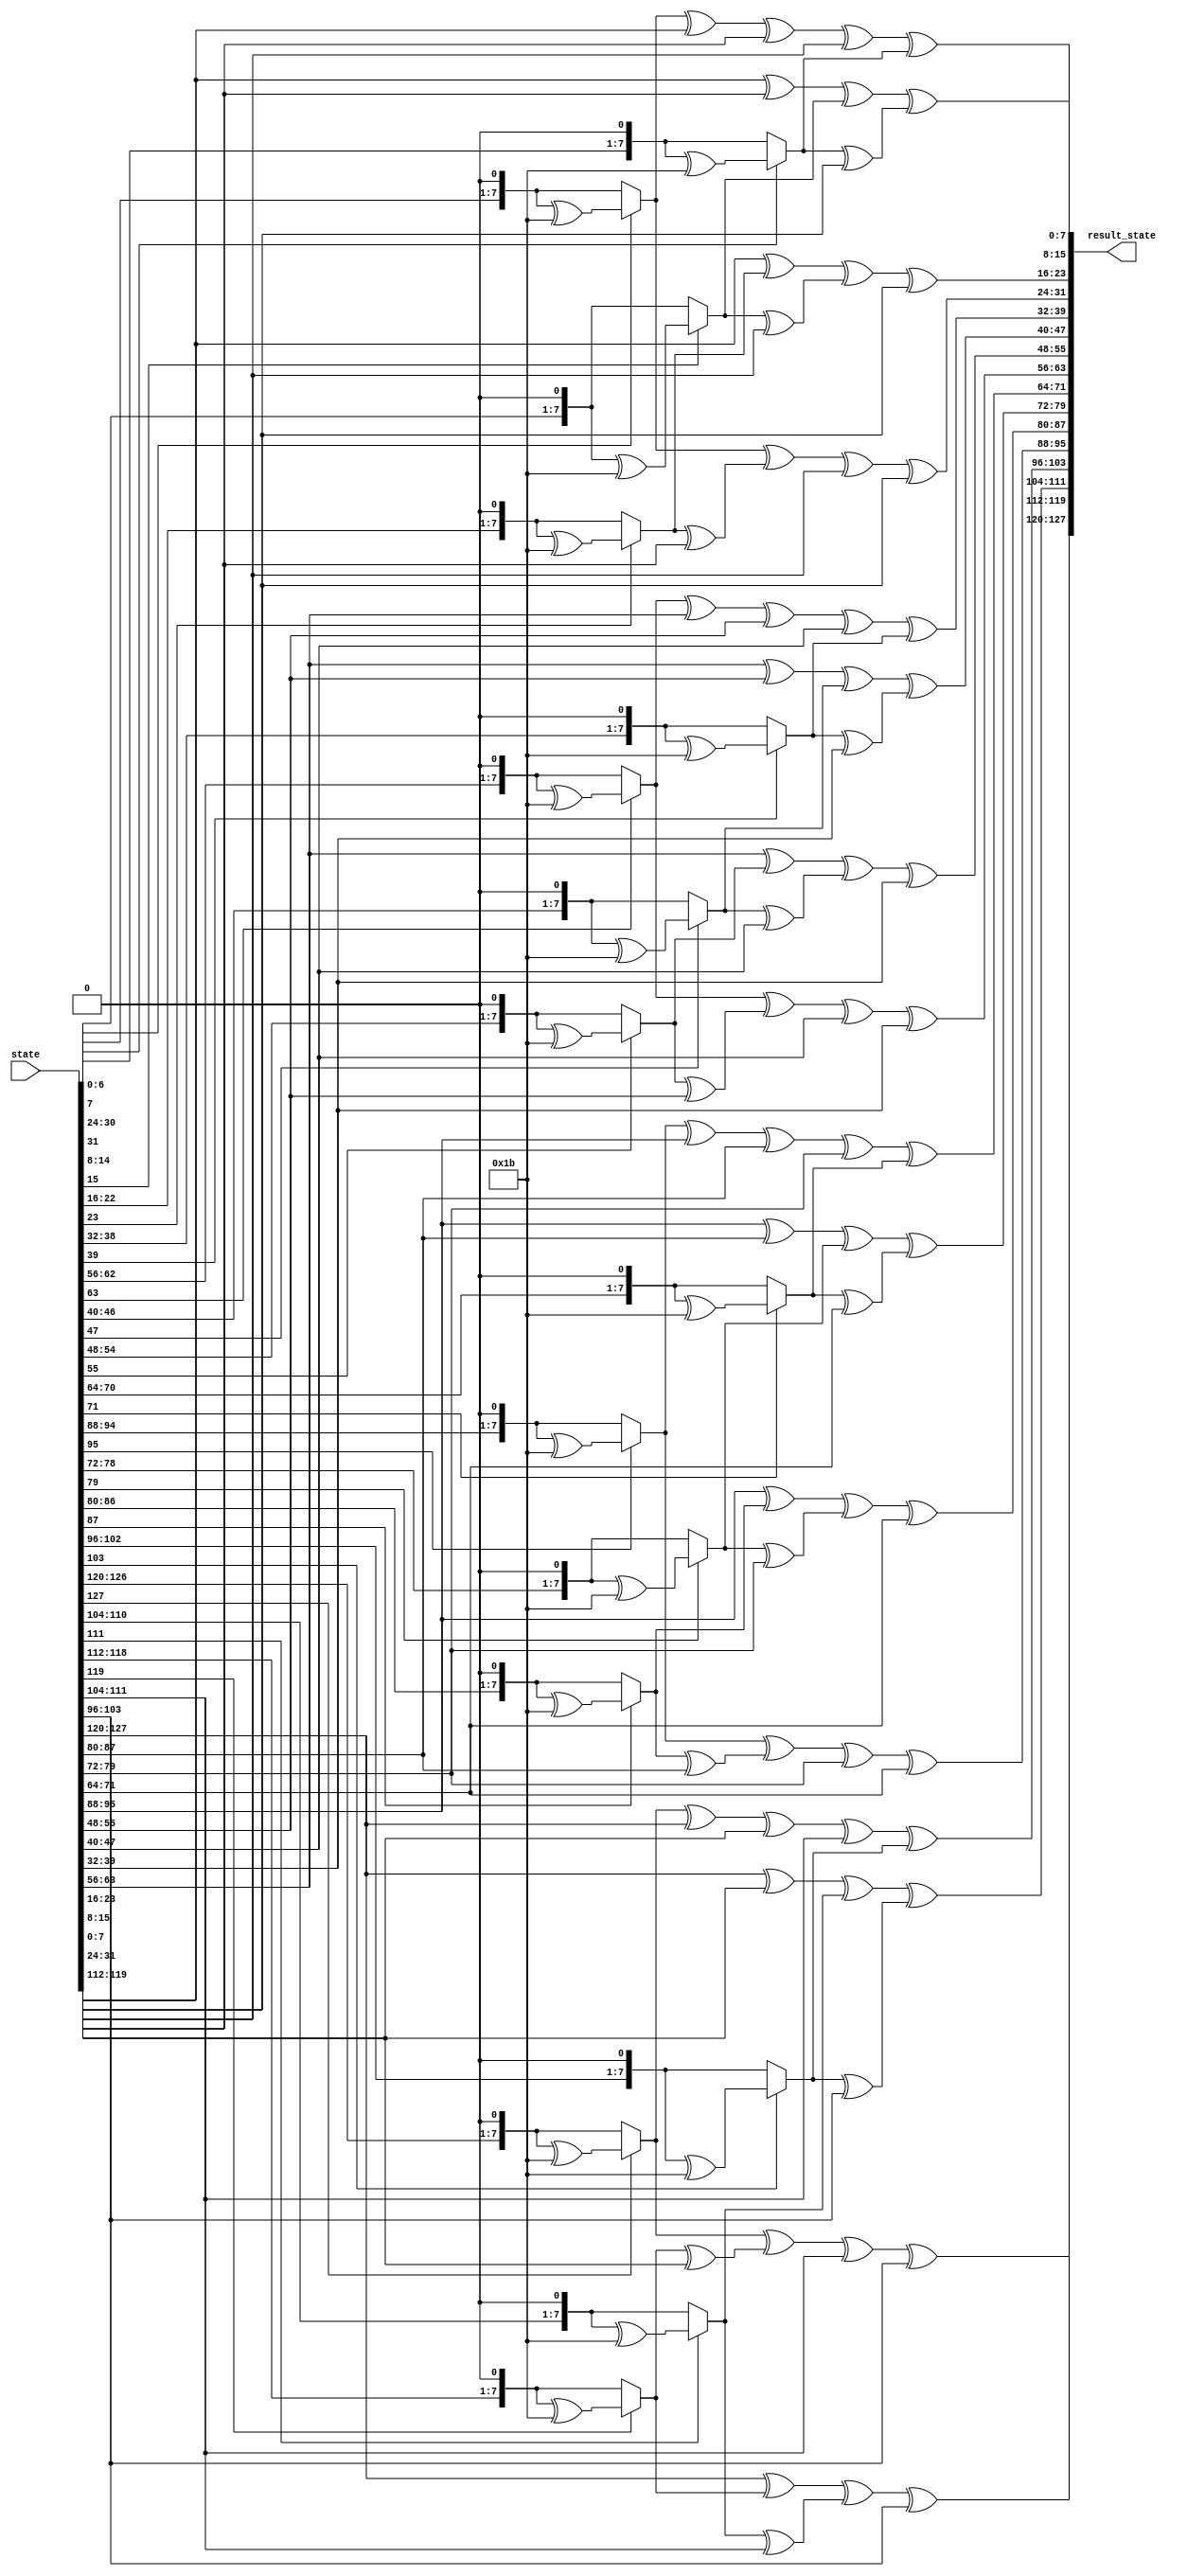

module  MixColumns(
    input [0:127] state,
    output [0:127] result_state
);

function [7:0] mult (input [1:0] a, input [7:0] b);
    begin
        case(a)

            2'b10: begin
                if(b[7] == 1)
                    mult = ((b << 1) ^ 8'h1b);
                else
                    mult = b << 1;
            end

            2'b11: begin

                
                if(b[7] == 1)
                    mult = (b << 1) ^ 8'h1b;
                else
                    mult = b << 1;

                mult = mult ^ b;

            end

            default: mult = mult;

        endcase
    end
endfunction

genvar i;
generate

// the idea behind indexing is [ (i*32) + (j*8) ] where i is the column and j is the row , then move 8 bits to take the whole byte

for (i = 0; i < 4; i = i + 1) begin
    assign result_state[(i*32)+:8] = mult(2'b10, state[(i*32)+:8]) ^ mult(2'b11, state[((i*32)+8)+:8]) ^ state[((i*32)+16)+:8] ^ state[((i*32)+24)+:8];
    assign result_state[((i*32)+8)+:8] = state[(i*32)+:8] ^ mult(2'b10, state[((i*32)+8)+:8]) ^ mult(2'b11, state[((i*32)+16)+:8]) ^ state[((i*32)+24)+:8];
    assign result_state[((i*32)+16)+:8] = state[(i*32)+:8] ^ state[((i*32)+8)+:8] ^ mult(2'b10, state[((i*32)+16)+:8]) ^ mult(2'b11, state[((i*32)+24)+:8]);
    assign result_state[((i*32)+24)+:8] = mult(2'b11, state[(i*32)+:8]) ^ state[((i*32)+8)+:8] ^ state[((i*32)+16)+:8] ^ mult(2'b10, state[((i*32)+24)+:8]);
    
end

endgenerate
endmodule